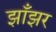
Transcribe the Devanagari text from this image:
झाँझर